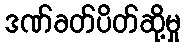
ဒဏ်ခတ်ပိတ်ဆို့မှု